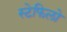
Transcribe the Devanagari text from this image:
स्टेफिलो